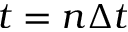
t = n \Delta t